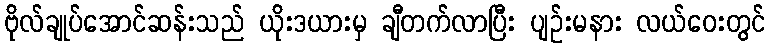
ဗိုလ်ချုပ်အောင်ဆန်းသည် ယိုးဒယားမှ ချီတက်လာပြီး ပျဉ်းမနား လယ်ဝေးတွင်